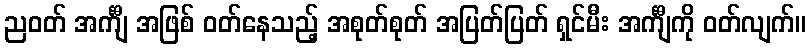
ညဝတ် အင်္ကျီ အဖြစ် ဝတ်နေသည့် အစုတ်စုတ် အပြတ်ပြတ် ရှင်မီး အင်္ကျီကို ဝတ်လျက်။